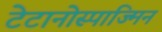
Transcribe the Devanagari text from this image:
टेटानोस्पाज्मिन